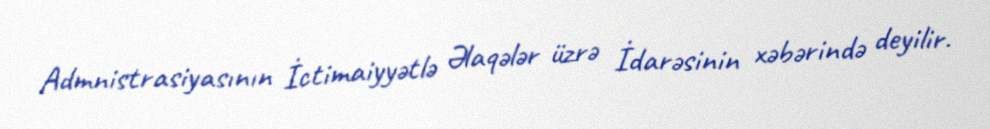
Admnistrasiyasının İctimaiyyətlə Əlaqələr üzrə İdarəsinin xəbərində deyilir.